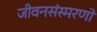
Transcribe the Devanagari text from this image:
जीवनसंस्मरणों